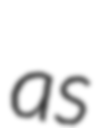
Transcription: as